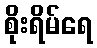
စိုးရိမ်ရေ